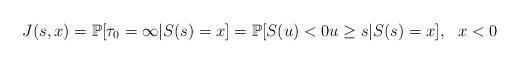
LaTeX: \begin{align*}J(s,x)=\mathbb{P}[\tau_0=\infty \vert S(s)=x]=\mathbb{P}[ S(u)<0 u \ge s \vert S(s)=x],~~x<0\end{align*}